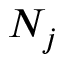
N _ { j }